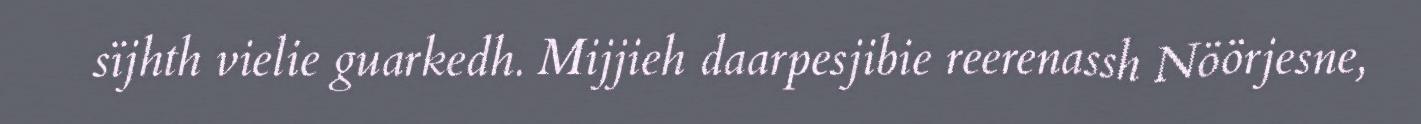
sïjhth vielie guarkedh. Mijjieh daarpesjibie reerenassh Nöörjesne,